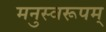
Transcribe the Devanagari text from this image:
मनुस्वरूपम्